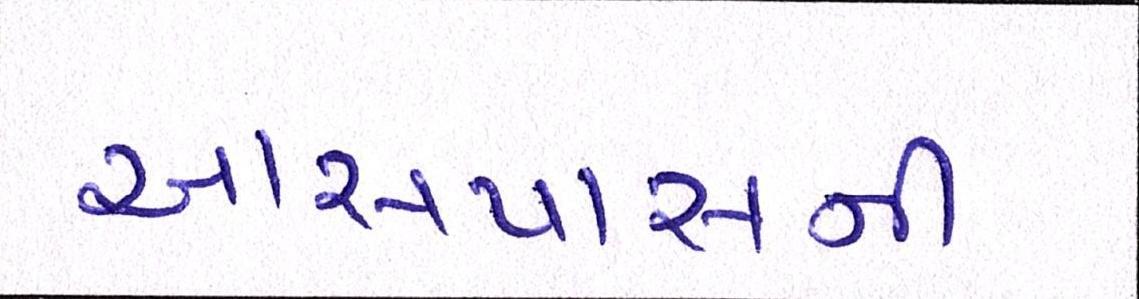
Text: આસપાસની